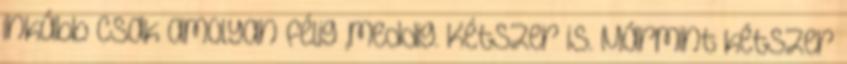
inkább csak amolyan félig ,meddig. Kétszer is. Mármint kétszer